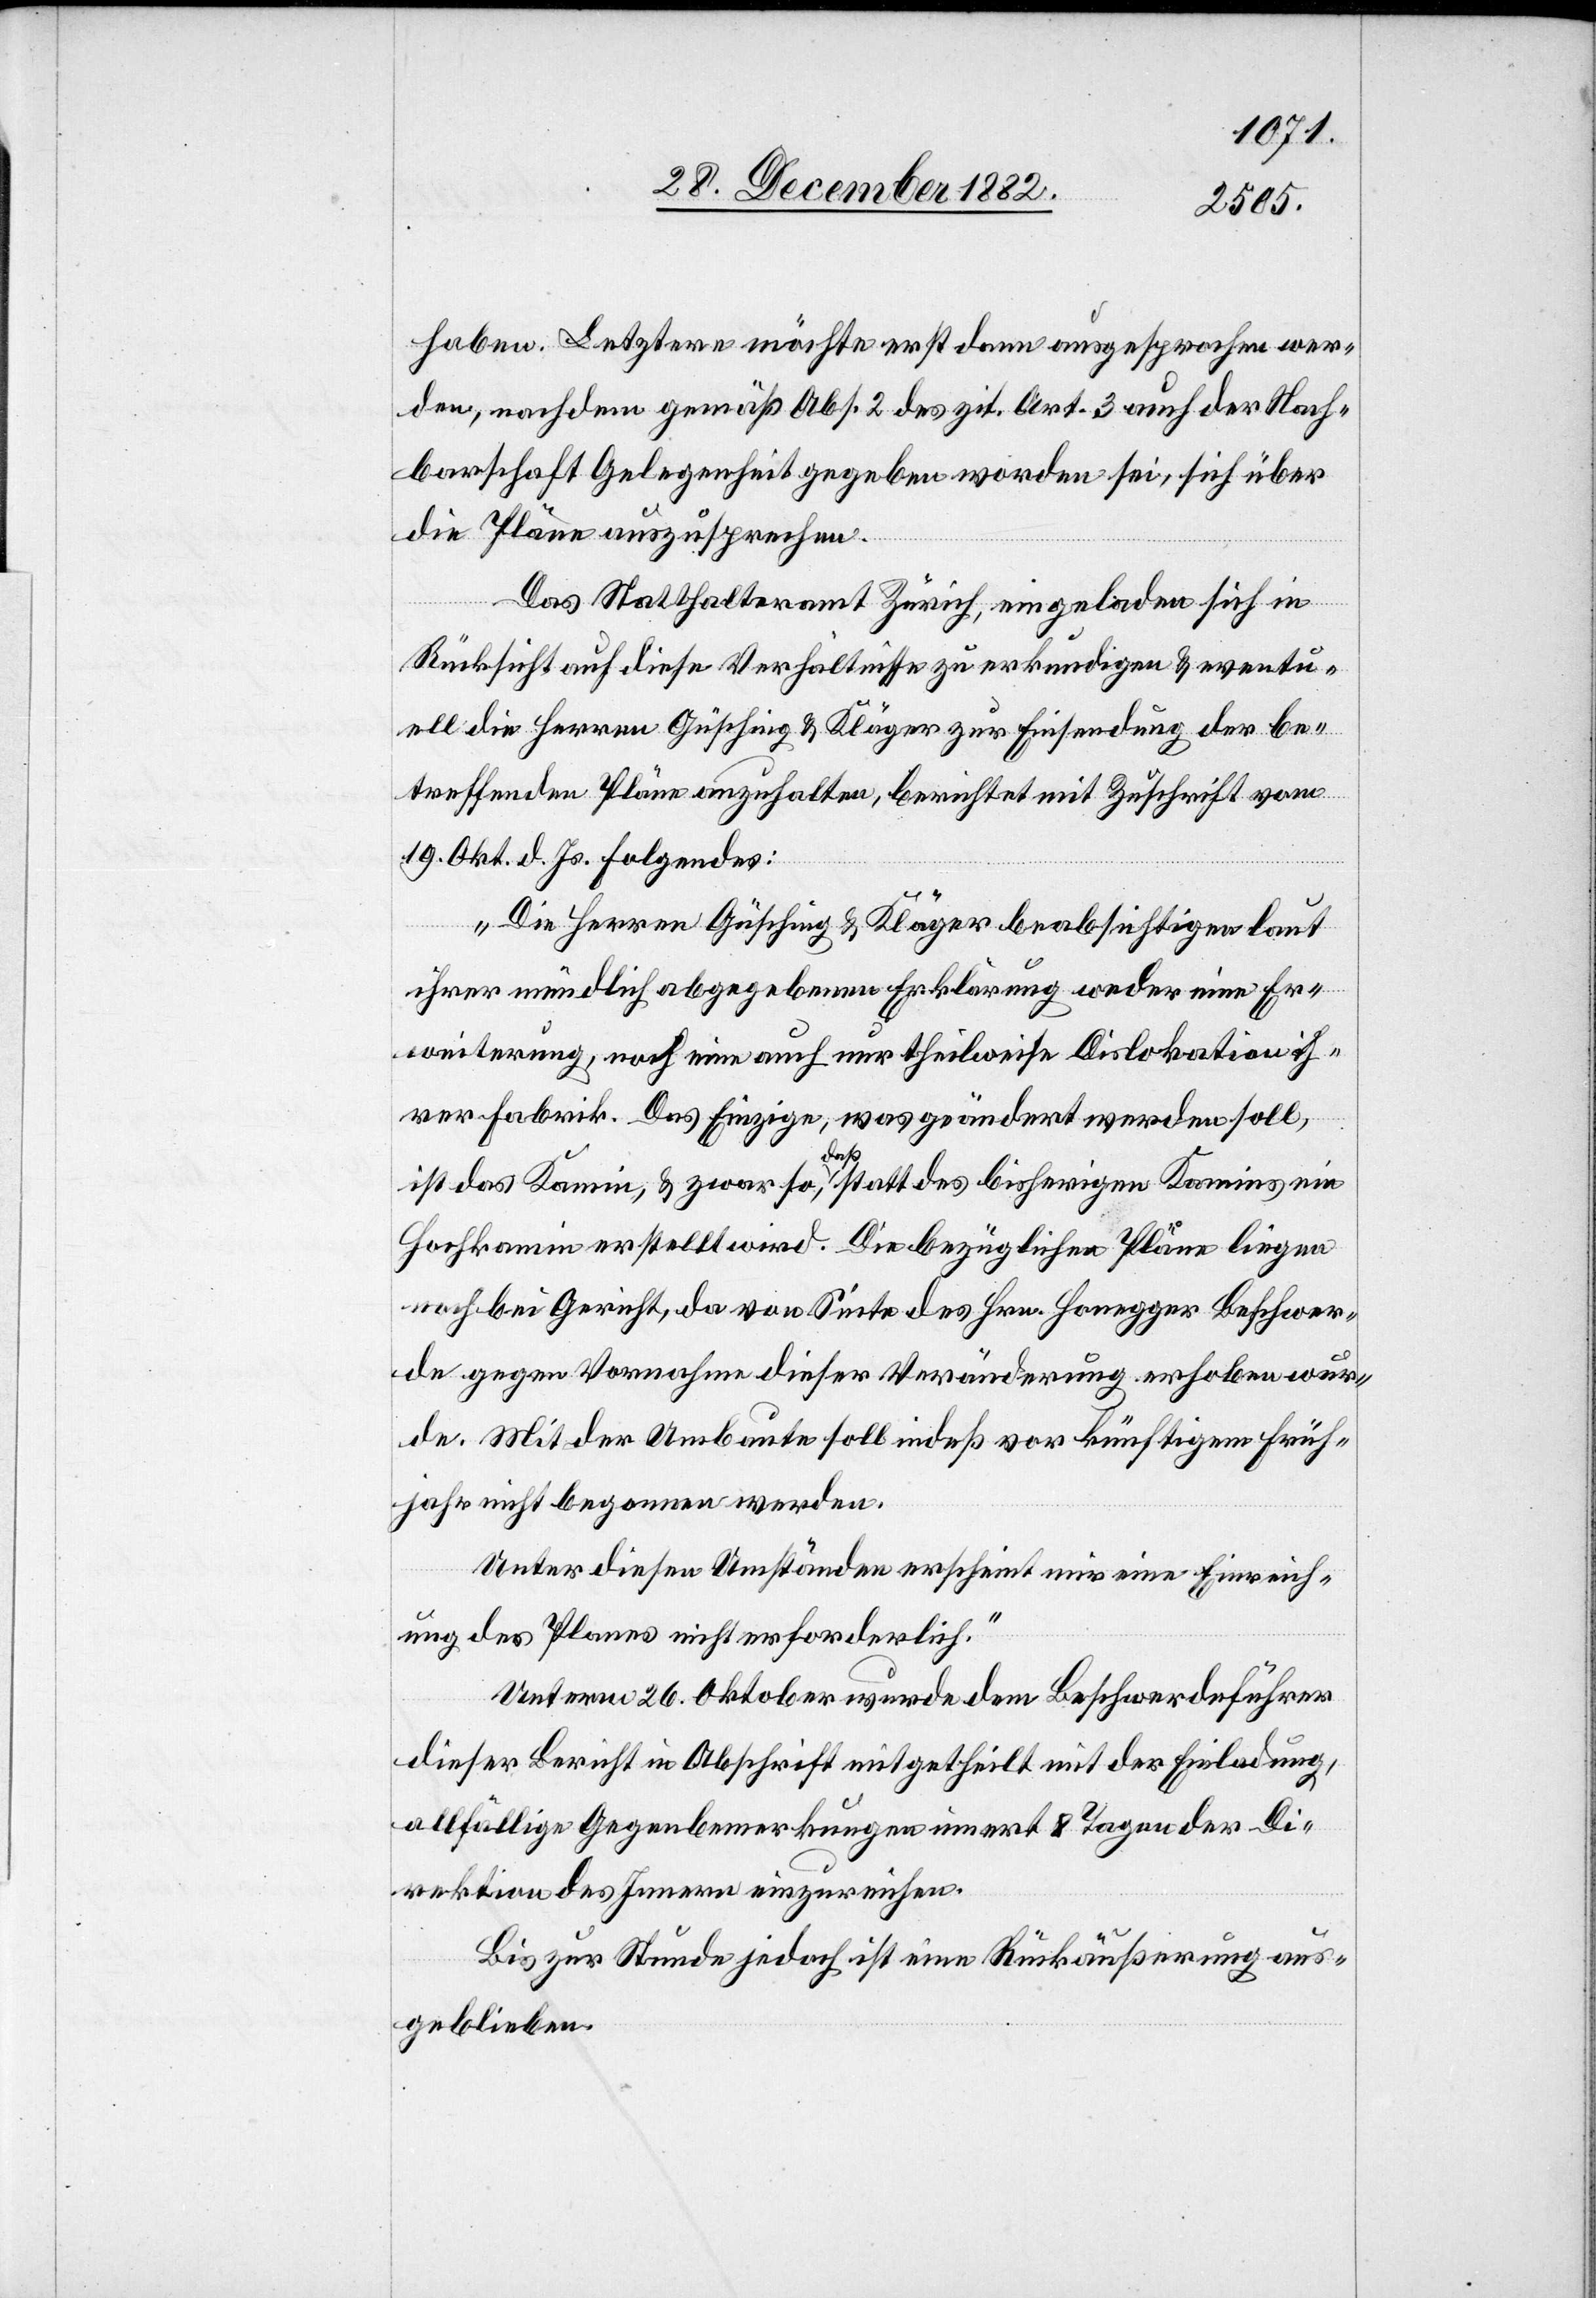
haben. Letztere möchte erst dann ausgesprochen wer¬
den, nachdem gemäß Abs. 2 des zit. Art. 3 auch der Nach¬
barschaft Gelegenheit gegeben worden sei, sich über
die Pläne auszusprechen.
Das Statthalteramt Zürich, eingeladen sich in
Rücksicht auf diese Verhältnisse zu erkundigen & eventu¬
ell die Herren Güsching & Kläger zur Einsendung der be¬
treffenden Pläne anzuhalten, berichtet mit Zuschrift vom
19. Okt. d. Js. Folgendes:
„Die Herren Güsching & Kläger beabsichtigen laut
ihrer mündlich abgegeben Erklärung weder eine Er¬
weiterung, noch eine auch nur theilweise Dislokation ih¬
rer Fabrik. Das Einzige, was geändert werden soll,
ist das Kamin, & zwar so, daß statt des bisherigen Kamins ein
Hochkamin erstellt wird. Die bezüglichen Pläne liegen
noch bei Gericht, da von Seite des Hrn. Honegger Beschwer¬
de gegen Vornahme dieser Veränderung erhoben wur¬
de. Mit der Umbaute soll indeß vor künftigem Früh¬
jahr nicht begonnen werden.
Unter diesen Umständen erscheint mir eine Einreich¬
ung des Planes nicht erforderlich.“
Unterm 26. Oktober wurde dem Beschwerdeführer
dieser Bericht in Abschrift mitgetheilt mit der Einladung,
allfällige Gegenbemerkungen innert 8 Tagen der Di¬
rektion des Innern einzureichen.
Bis zur Stunde jedoch ist eine Rückäußerung aus¬
geblieben.